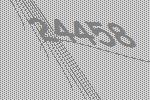
24458